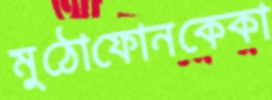
মুঠোফোনকেকা